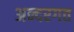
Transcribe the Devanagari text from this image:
अन्दरगत